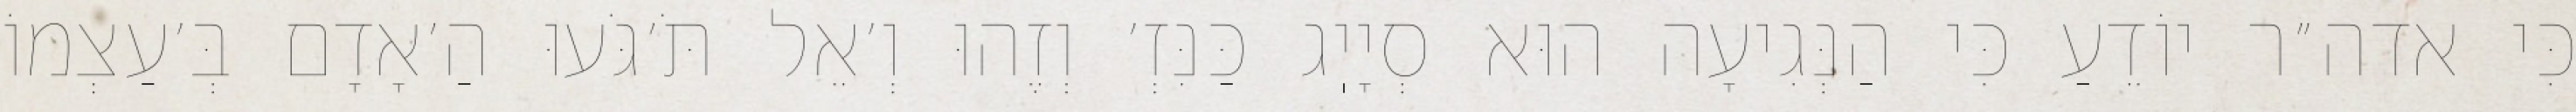
כִּי אדה״ר יוֹדֵעַ כִּי הַנְּגִיעָה הוּא סְיָיֽג כַּנִּזְ׳ וְזֶהוּ וְ׳אֵל תֹּ׳גֹּעוּ הַ׳אָדָם בְּ׳עַצְמוֹ